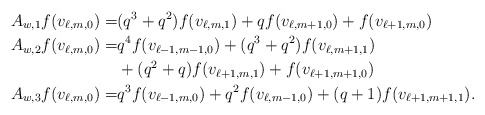
\begin{align*}A_{w,1}f(v_{\ell,m,0})=&(q^3+q^2)f(v_{\ell,m,1})+qf(v_{\ell,m+1,0})+f(v_{\ell+1,m,0})\\A_{w,2}f(v_{\ell,m,0})=&q^4f(v_{\ell-1,m-1,0})+(q^3+q^2)f(v_{\ell,m+1,1})\\&+(q^2+q)f(v_{\ell+1,m,1})+f(v_{\ell+1,m+1,0})\\A_{w,3}f(v_{\ell,m,0})=&q^3f(v_{\ell-1,m,0})+q^2f(v_{\ell,m-1,0})+(q+1)f(v_{\ell+1,m+1,1}).\end{align*}